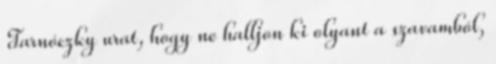
Tarnóczky urat, hogy ne halljon ki olyant a szavamból,